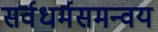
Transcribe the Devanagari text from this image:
सर्वधर्मसमन्वय